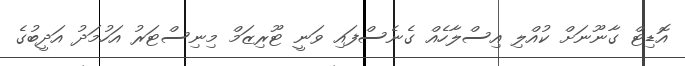
އޮޑިޓް ގާނޫނަށް ކުއްލި އިސްލާހެއް ގެނެސްފައި ވަނީ ޓޫރިޒަމް މިނިސްޓަރު އަހުމަދު އަދީބުގެ